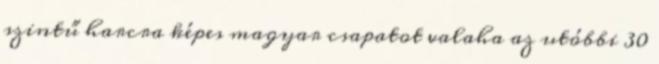
szintű harcra képes magyar csapatot valaha az utóbbi 30